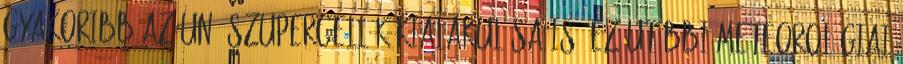
gyakoribb az un. szupercellák kialakulása is. Ez utóbbi meteorológiai